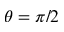
\theta = \pi / 2